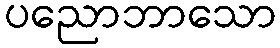
ပညောဘာသော